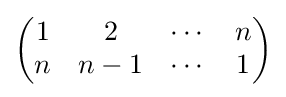
{\begin{pmatrix}1&2&\cdots &n\\n&n-1&\cdots &1\end{pmatrix}}